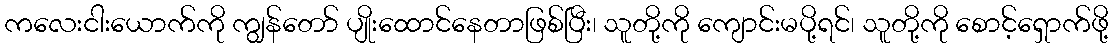
ကလေးငါးယောက်ကို ကျွန်တော် ပျိုးထောင်နေတာဖြစ်ပြီး၊ သူတို့ကို ကျောင်းမပို့ရင်၊ သူတို့ကို စောင့်ရှောက်ဖို့